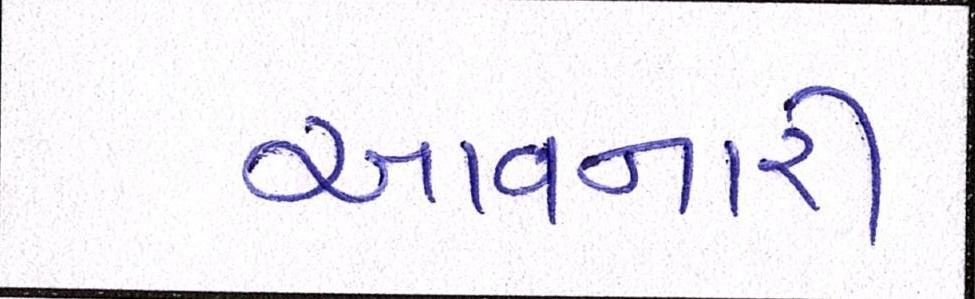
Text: આવનારી